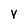
Character: v